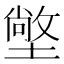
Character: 𭏭